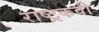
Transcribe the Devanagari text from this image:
राष्ट्रकवी